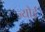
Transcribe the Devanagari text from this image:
ज्योई